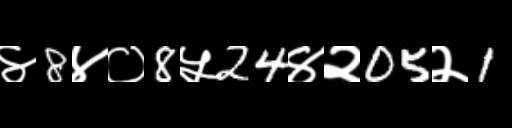
Text: ४8४०8५24४२05२1